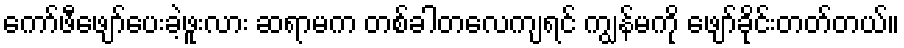
ကော်ဖီဖျော်ပေးခဲ့ဖူးလား ဆရာမက တစ်ခါတလေကျရင် ကျွန်မကို ဖျော်ခိုင်းတတ်တယ်။